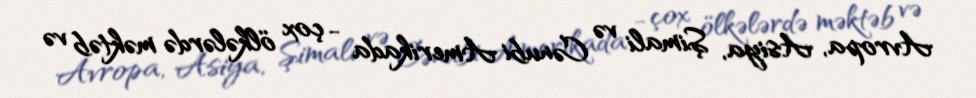
Avropa, Asiya, Şimali və Cənubi Amerikada - çox ölkələrdə məktəb və